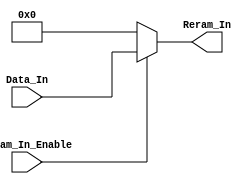
// This program was cloned from: https://github.com/LiamOswald/IMPACT_Custom_SRAM_03
// License: Apache License 2.0

//////////////////////////////////////////////////////////////////////////////////
// Company: 
// Engineer: 
// 
// Design Name: 
// Module Name: OneBankMux
// Project Name: 
// Target Devices: 
// Tool Versions: 
// Description: 
// 
// Dependencies: 
// 
// Revision:
// Revision 0.01 - File Created
// Additional Comments:
// 
//////////////////////////////////////////////////////////////////////////////////


module Reram_mux(
    input [5:0] Data_In,
    input Reram_In_Enable,
    output reg [5:0] Reram_In
);

//assign Reram_In = Reram_In_Enable ? Data_In[5:0] : 6'b000000;

    always@(*) begin
        if (Reram_In_Enable) Reram_In <= Data_In;
        else Reram_In <= 6'b000000;
    end
endmodule